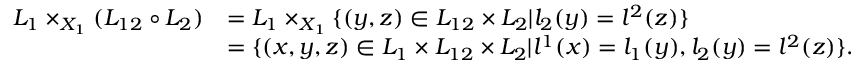
\begin{array} { r l } { L _ { 1 } \times _ { X _ { 1 } } ( L _ { 1 2 } \circ L _ { 2 } ) } & { = L _ { 1 } \times _ { X _ { 1 } } \{ ( y , z ) \in L _ { 1 2 } \times L _ { 2 } | l _ { 2 } ( y ) = l ^ { 2 } ( z ) \} } \\ & { = \{ ( x , y , z ) \in L _ { 1 } \times L _ { 1 2 } \times L _ { 2 } | l ^ { 1 } ( x ) = l _ { 1 } ( y ) , l _ { 2 } ( y ) = l ^ { 2 } ( z ) \} . } \end{array}